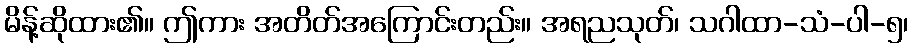
မိန့်ဆိုထား၏။ ဤကား အတိတ်အကြောင်းတည်း။ အရညသုတ်၊ သဂါထာ-သံ-ပါ-၅၊